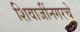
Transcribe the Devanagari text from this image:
शिवाजींनगरचे